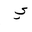
Letter: _ya